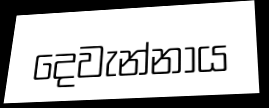
දෙවැන්නාය